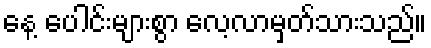
နေ့ ပေါင်းများစွာ လေ့လာမှတ်သားသည်။